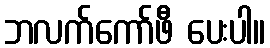
ဘလက်ကော်ဖီ ပေးပါ။